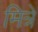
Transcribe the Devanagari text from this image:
मित्रे